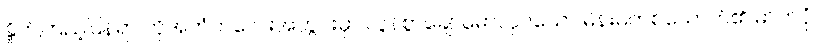
နှိုက်ကြည့်ပြန်ရာ ကိုအတံကလေးအတွင်းမှာ လွန်စွာချောမောလှပသော မိန်းမတစ်ယောက်၏ ဓာတ်ပုံ